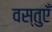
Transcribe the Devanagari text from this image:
वस्‍तुएँ